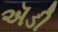
ઍડી